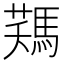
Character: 𩣻